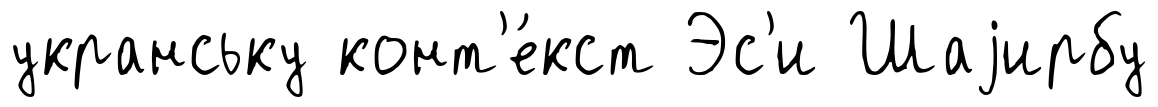
укранську конт'е́кст Эс'и Шаjирбу